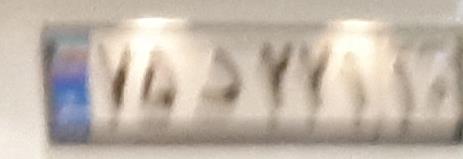
۷۵د۲۲۱۱۰